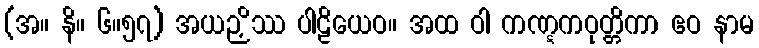
(အ။ နိ။ ၆။၅၇) အယဉှိဿ ပါဠိယေဝ။ အထ ဝါ ကဏ္ဋကဝုတ္တိကာ ဧဝ နာမ